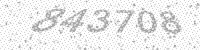
Solution: 843708